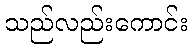
သည်လည်းကောင်း